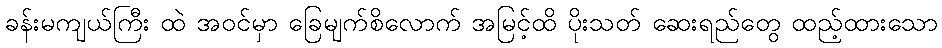
ခန်းမကျယ်ကြီး ထဲ အဝင်မှာ ခြေမျက်စိလောက် အမြင့်ထိ ပိုးသတ် ဆေးရည်တွေ ထည့်ထားသော